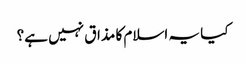
کیا یہ اسلام کا مذاق نہیں ہے؟